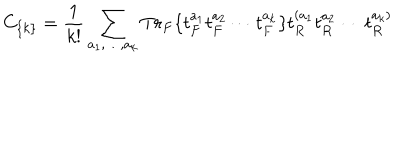
LaTeX: C _ { \{ k \} } = { \frac { 1 } { k ! } } \sum _ { a _ { 1 } , \dots , a _ { k } } T r _ { F } \{ t _ { F } ^ { a _ { 1 } } t _ { F } ^ { a _ { 2 } } \cdots t _ { F } ^ { a _ { k } } \} t _ { R } ^ { ( a _ { 1 } } t _ { R } ^ { a _ { 2 } } \cdots t _ { R } ^ { a _ { k } ) }